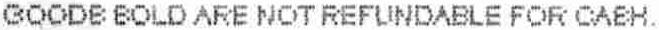
GOODS SOLD ARE NOT REFUNDABLE FOR CASH.